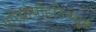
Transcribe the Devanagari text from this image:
एरिथ्रोपोइटिनमुळे